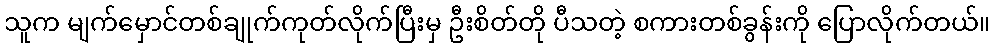
သူက မျက်မှောင်တစ်ချုက်ကုတ်လိုက်ပြီးမှ ဦးစိတ်တို ပီသတဲ့ စကားတစ်ခွန်းကို ပြောလိုက်တယ်။